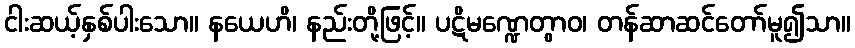
ငါးဆယ့်နှစ်ပါးသော။ နယေဟိ၊ နည်းတို့ဖြင့်။ ပဋိမဏ္ဍေတွာဝ၊ တန်ဆာဆင်တော်မူ၍သာ။